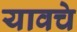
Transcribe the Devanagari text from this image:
यावचे